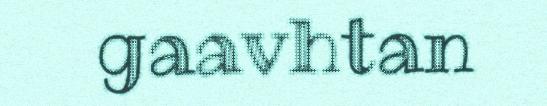
gaavhtan